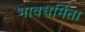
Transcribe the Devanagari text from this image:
भावधर्मिता